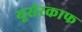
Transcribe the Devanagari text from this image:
यूसेरकाफ